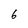
Character: 6